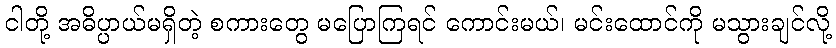
ငါတို့ အဓိပ္ပာယ်မရှိတဲ့ စကားတွေ မပြောကြရင် ကောင်းမယ်၊ မင်းထောင်ကို မသွားချင်လို့